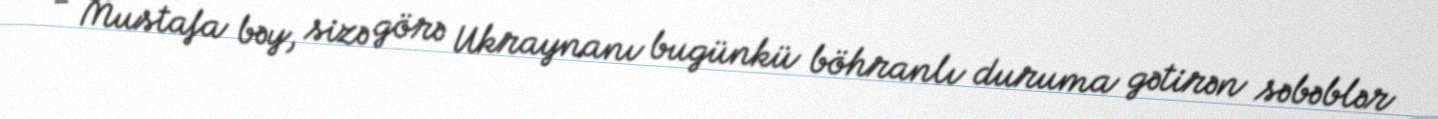
- Mustafa bəy, sizə görə Ukraynanı bugünkü böhranlı duruma gətirən səbəblər